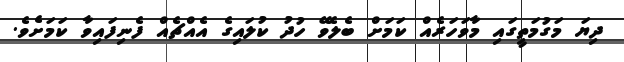
ދިޔަ މަގުމަތީގައި މާވަހަރެއް ކަމަށް ބެލެވޭ ހުދު ކުލައިގެ އެއްޗެއް ފެނިފައިވާ ކަމަށެވެ.